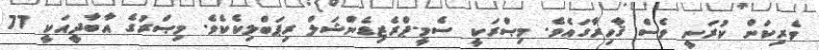
ވެރިކަން ކުރަނީ ވެސް ޤާހިރާގައެވެ. މިޞްރަކީ ސެމީ-ޕްރެޒިޑެންޝަލް ރިޕަބްލިކެކެވެ. މިޞްރުގެ އާބާދީއަކީ 77